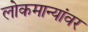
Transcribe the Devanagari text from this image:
लोकमान्यांवर